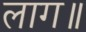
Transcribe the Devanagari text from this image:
लाग॥